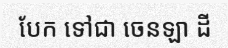
បែក ទៅជា ចេនឡា ដី